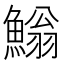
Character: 䱵